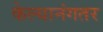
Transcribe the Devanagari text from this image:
केल्यानंगतर